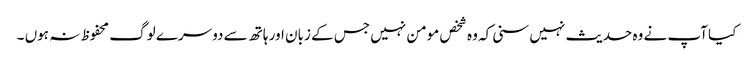
کیا آپ نے وہ حدیث نہیں سنی کہ وہ شخص مومن نہیں جس کے زبان اور ہاتھ سے دوسرے لوگ محفوظ نہ ہوں ۔